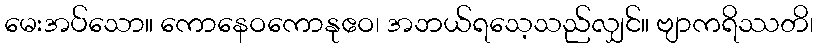
မေးအပ်သော။ ကောနေဝကောနုဧဝ၊ အဘယ်ရသေ့သည်လျှင်။ ဗျာကရိဿတိ၊